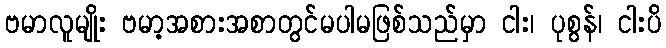
ဗမာလူမျိုး ဗမာ့အစားအစာတွင်မပါမဖြစ်သည်မှာ ငါး၊ ပုစွန်၊ ငါးပိ